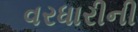
વરધારીની